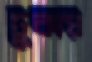
ঢুকায়